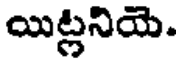
యిట్లనియె.